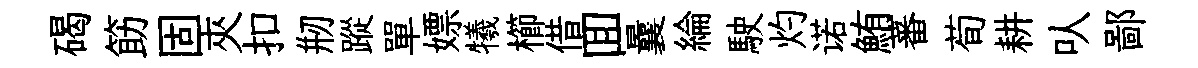
碣筯固夾扣剏蹤單嫖犧櫛借囬曩綸駛灼诺鮪蕃荀耕㕥鄙